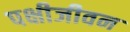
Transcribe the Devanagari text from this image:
पक्षीजीवन